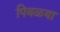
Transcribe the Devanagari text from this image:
पिवळया